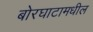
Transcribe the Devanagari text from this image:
बोरघाटामधील